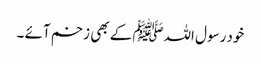
خود رسول اللہﷺ کے بھی زخم آئے ۔